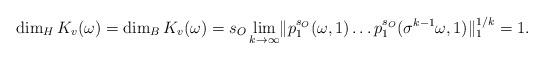
LaTeX: \begin{align*}\dim_{H}K_{v}(\omega)=\dim_{B}K_{v}(\omega)=s_{O}\lim_{k\to\infty}\lVert p_{1}^{s_{O}}(\omega,1)\dots p_{1}^{s_{O}}(\sigma^{k-1}\omega,1)\rVert_{1}^{1/k}=1.\end{align*}